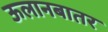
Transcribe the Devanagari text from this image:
ऊलानबातर